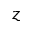
z